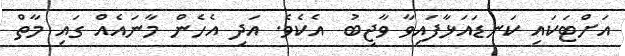
އަށްޓަކައި ކަނޑައަޅާފައިވާ ވާޖިބު  އެކެވެ. އަދި އެހެން މާނައެއް ގައި މާތް